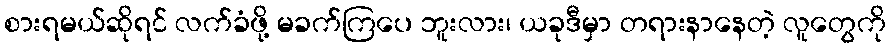
စားရမယ်ဆိုရင် လက်ခံဖို့ မခက်ကြပေ ဘူးလား၊ ယခုဒီမှာ တရားနာနေတဲ့ လူတွေကို